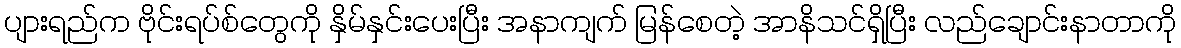
ပျားရည်က ဗိုင်းရပ်စ်တွေကို နှိမ်နှင်းပေးပြီး အနာကျက် မြန်စေတဲ့ အာနိသင်ရှိပြီး လည်ချောင်းနာတာကို